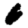
Digit: 6